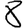
Digit: 8